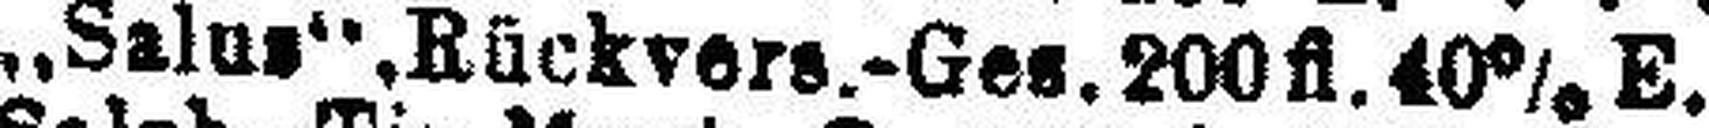
„Salus“, Rückvers.-Ges. 200 fl. 40% E.